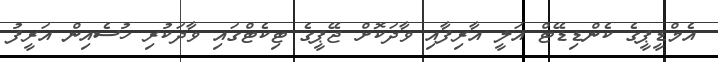
އެމްޑީޕީގެ ކެންޑިޑޭޓް އަލީ އާރިފާއި ވާދަކޮށް ޖޭޕީގެ ޓިކެޓްގައި ވާދަކުރި ހުސެއިން އަރީފު